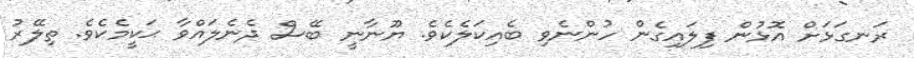
ރަނގަޅަށް އޮޅުން ފިލައިގެން ހުންނެވި ބެއިކަލެކެވެ. ޔޫނާނީ ބޭސް ދެނެލައްވާ ޙަކީމެކެވެ. ތިލޭރު